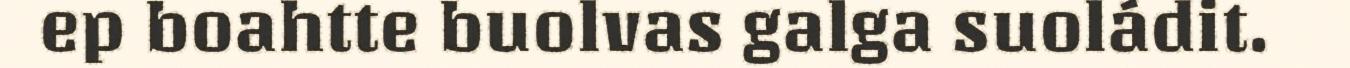
ep boahtte buolvas galga suoládit.